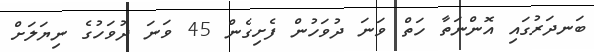
ބަނދަރުގައި އޮންނަތާ ހަތް ވަނަ ދުވަހުން ފެށިގެން 45 ވަނަ ދުވަހުގެ ނިޔަލަށް